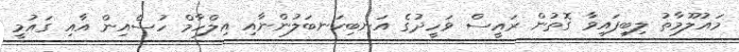
މައުލޫމާތު ލިބިފައިވާ ގޮތުން ރައީސް ވަހީދުގެ އަނބިކަނބަލުންނާއި އިލްހާމް ހުސެއިން އާއި ގައުމީ